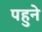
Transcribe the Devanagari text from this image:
पहुने